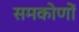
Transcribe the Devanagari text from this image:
समकोणों